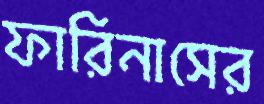
ফারিনাসের